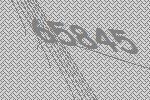
65845